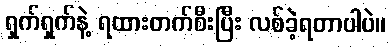
ရှက်ရှက်နဲ့ ရထားတက်စီးပြီး လစ်ခဲ့ရတာပါပဲ။